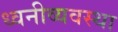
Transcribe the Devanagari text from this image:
ध्वनीव्यवस्था